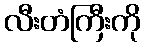
လီးတံကြီးကို